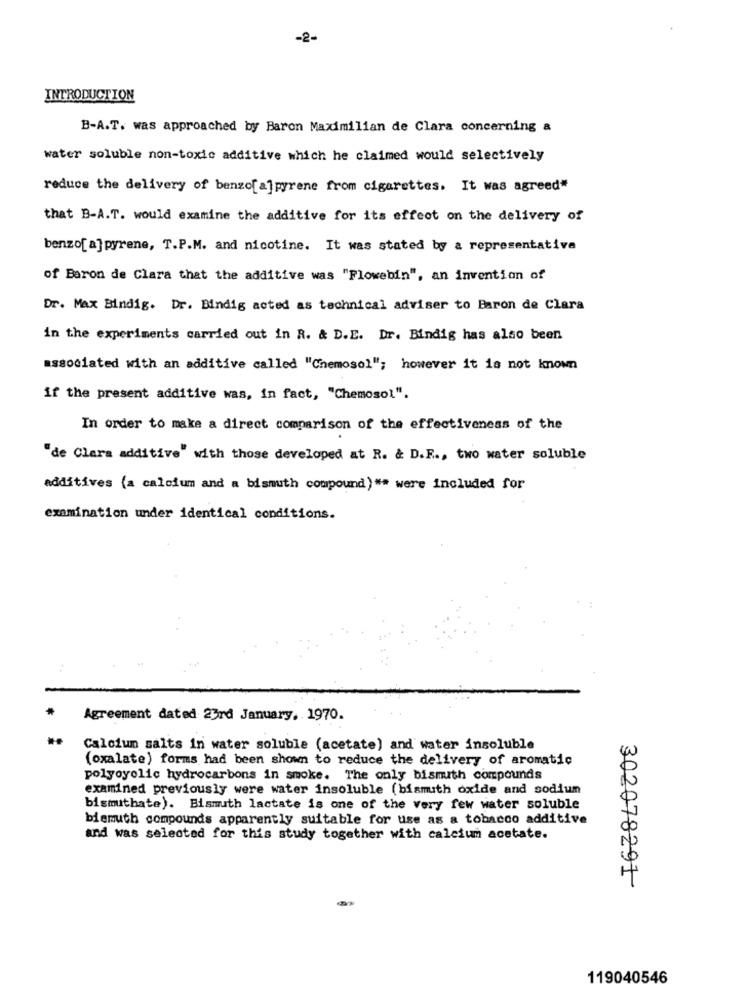
-2-
INTRODUCTION
B-A.T. was approached by Baron Maximilian de Clara concerning &
water soluble non-toxic additive which he claimed would selectively
reduce the delivery of benzo[ a]pyrene from cigarettes. It was agreed"
that B-A.T. would examine the additive for its effect on the delivery of
benzo[ a] pyrene, T.P.M. and nicotine. It was stated by a representative
of Baron de Clara that the additive was "Flowebin", an invention of
Dr. Max Bindig. Dr. Bindig acted as technical adviser to Baron de Clara
in the experiments carried out in R. & D.E. Dr. Bindig has also been
associated with an additive called "Chemosol"; however it is not known
if the present additive was, in fact, "Chemosol".
In order to make a direct comparison of the effectiveness of the
"de Clara additive" with those developed at R. & D.F ., two water soluble
additives (a calcium and a bismuth compound) ** were included for
examination under identical conditions.
Agreement dated 23rd January, 1970.
..
Calcium salts in water soluble (acetate) and water insoluble
(oxalate) forms had been shown to reduce the delivery of aromatic
polyoyolic hydrocarbons in smoke. The only bismuth compounds
examined previously were water insoluble (bismuth oxide and sodium
bismuthate). Bismuth lactate is one of the very few water soluble
biemuth compounds apparently suitable for use as a tobacco additive
and was selected for this study together with calcium acetate.
302078291
119040546